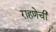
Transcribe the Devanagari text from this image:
राहणेची